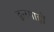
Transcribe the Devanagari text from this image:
द्वारगाहों